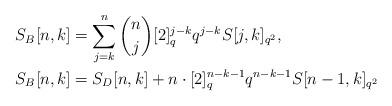
LaTeX: \begin{align*} S_B[n,k] &= \sum_{j=k}^n\binom{n}{j}[2]_{q}^{j-k}q^{j-k}S[j,k]_{q^2},\\ S_B[n,k] &= S_D[n,k]+n\cdot [2]_q^{n-k-1}q^{n-k-1}S[n-1,k]_{q^2} \end{align*}